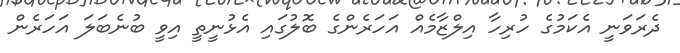
ދެރަވަނީ އެކަމުގެ ހުރިހާ އިލްޒާމެއް އަހަރެންގެ ބޮލުގައި އެޅުނީތީ އިވީ ބުނެބަލަ އަހަރެން